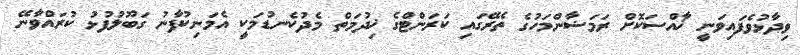
ވިދާޅުވެފައިވަނީ ޚާއްސަކޮށް ރަމަޟާންމަހުގެ ތެރޭގައި ކަރަންޓްގެ ޚިދުމަތް މެދުކެނޑުމަކީ އެމަނިކުފާނު ގަބޫލުފުޅު ކުރައްވާނޭ